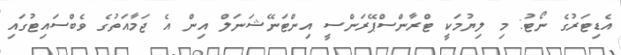
އެޑިޓަރުގެ ނޯޓު: މި ލިޔުމަކީ ޓްރާންސްޕޭރަންސީ އިންޓަނޭޝަނަލް އިން އެ ޖަމާއަތުގެ ވެބްސައިޓުގައި